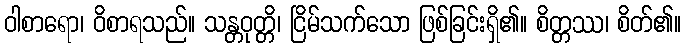
ဝါစာရော၊ ဝိစာရသည်။ သန္တဝုတ္တိ၊ ငြိမ်သက်သော ဖြစ်ခြင်းရှိ၏။ စိတ္တဿ၊ စိတ်၏။